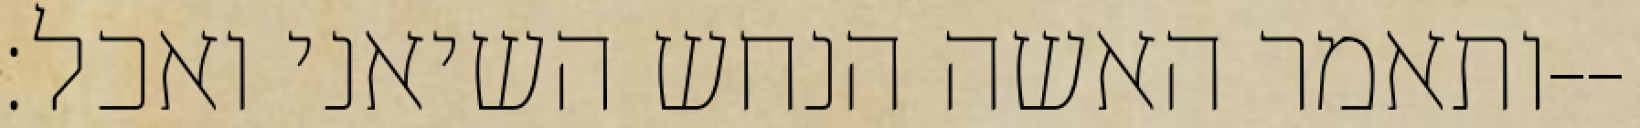
ותאמר האשה הנחש השיאני ואכל׃--